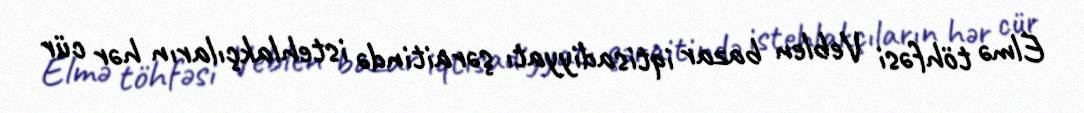
Elmə töhfəsi Veblen bazar iqtisadiyyatı şəraitində istehlakçıların hər cür